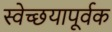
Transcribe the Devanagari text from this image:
स्वेच्छयापूर्वक